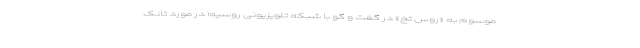
موسوم به «روس تخ» در گفت و گو با شبکه تلویزیونی روسیه۱ در مورد تانک